Annual statistical returns and brief notes on vaccination in Bengal - 1896-1909
Year: 1896
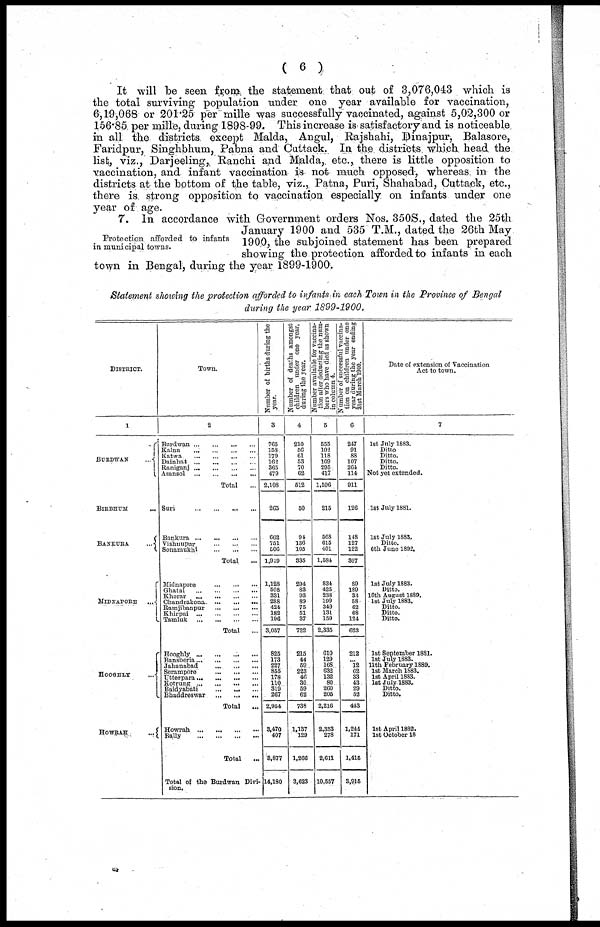
( 6 )
It will be seen from the statement that out of 3,076,043 which is
the total surviving population under one year available for vaccination,
6,19,068 or 201.25 per mille was successfully vaccinated, against 5,02,300 or
156.85 per mille, during 1898-99. This increase is satisfactory and is noticeable
in all the districts except Malda, Angul, Rajshahi, Dinajpur, Balasore,
Faridpur, Singhbhum, Pabna and Cuttack. In the districts which head the
list, viz., Darjeeling, Ranchi and Malda, etc., there is little opposition to
vaccination, and infant vaccination is not much opposed, whereas in the
districts at the bottom of the table, viz., Patna, Puri, Shahabad, Cuttack, etc.,
there is strong opposition to vaccination especially on infants under one
year of age.
Protection afforded to infants
in municipal towns.
7. In accordance with Government orders Nos. 350S., dated the 25th
January 1900 and 535 T.M., dated the 26th May
1900, the subjoined statement has been prepared
showing the protection afforded to infants in each
town in Bengal, during the year 1899-1900.
Statement showing the protection afforded to infants in each Town in the Province of Bengal
during the year 1899-1900.
DISTRICT.
1
BURDWAN ...
BIRBHUM
...
BANKURA
...
MIDNAPORE ...
HOOGHLY ...
HOWRAH
...
Town.
2
Burdwan ... ... ... ...
Kalna
...
...
...
...
Katwa
...
...
...
...
Dainhat
...
...
...
...
Raniganj ... ... ... ...
Asansol ... ... ... ...
Total ...
Suri
...
...
...
...
Bankura
...
...
...
...
Vishnupur
...
...
...
Sonamukhi
...
...
...
Total ...
Midnapore
...
...
...
Ghatal
...
...
...
...
Khorar
...
...
...
...
Cuandrakona
...
...
...
Ramjibanpur
...
...
...
Khirpai
...
...
...
...
Tamluk
...
...
...
...
Total ...
Hooghly...
...
...
...
Bansberia...
...
...
...
Jahanabad
...
...
...
Serampore
...
...
...
Utterpara
...
...
...
...
Kotrung
...
...
...
...
Baidyabati
...
... ...
Bhaddreswar
...
...
...
Total ...
Howrah
...
...
...
...
Bally
...
...
...
...
Total ...
Total of the Burdwan Divi-
sion.
Number of births during the
year.
3
765
158
179
162
365
479
2,108
265
662
751
506
1,919
1,128
508
331
288
424
182
196
3,057
825
173
227
855
178
1110
319
267
2,954
3,470
407
3,877
14,180
Number of deaths amongst
children under one year,
during the year.
4
210
56
61
53
70
62
512
50
94
136
105
335
294
83
93
89
75
51
37
722
215
44
59
223
46
30
59
62
738
1,137
129
1,266
3,623
Number available for vaccina-
tion after deducting the num-
bers who have died as shown
in column 4.
5
555
102
118
109
295
417
1,596
215
568
615
401
1,584
834
425
238
199
349
131
159
2,335
610
129
168
632
132
80
260
205
2,216
2,333
278
2,611
10,557
Number of successful vaccina-
tion on children under one
year during the year ending
31st March 1900.
6
247
91
88
107
264
114
911
126
148
127
122
397
89
189
33
58
62
68
124
623
212
... 12
62
33
43
29
52
443
1,244
171
1,415
3,915
Date of extension of Vaccination
Act to town.
7
1st July 1883.
Ditto
Ditto.
Ditto.
Ditto.
Not yet extended.
1st July 1881.
1st July 1883.
Ditto.
6th June 1892.
1st July 1883.
Ditto.
16th August 1889.
1st July 1883.
Ditto.
Ditto.
Ditto.
1st September 1881.
1st July 1883.
11th February 1889.
1st March 1883.
1st April 1883.
1st July 1883.
Ditto.
Ditto.
1st April 1882.
1st October 18